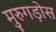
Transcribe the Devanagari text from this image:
मुरुगड़ोस